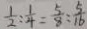
\frac { 1 } { 2 } : \frac { 1 } { 4 } = \frac { 5 } { 8 } : \frac { 5 } { 1 6 }